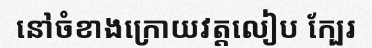
នៅចំខាងក្រោយវត្តលៀប ក្បែរ